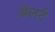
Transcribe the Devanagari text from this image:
अॅलर्ट